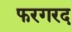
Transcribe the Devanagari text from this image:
फरगरद